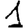
Digit: 1